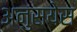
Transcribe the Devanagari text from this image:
अनुसयेस